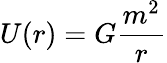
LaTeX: U(r)=G{\frac{m^{2}}{r}}